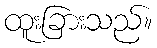
ထူးခြားသည်။